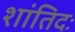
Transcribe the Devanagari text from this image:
शांतिदः